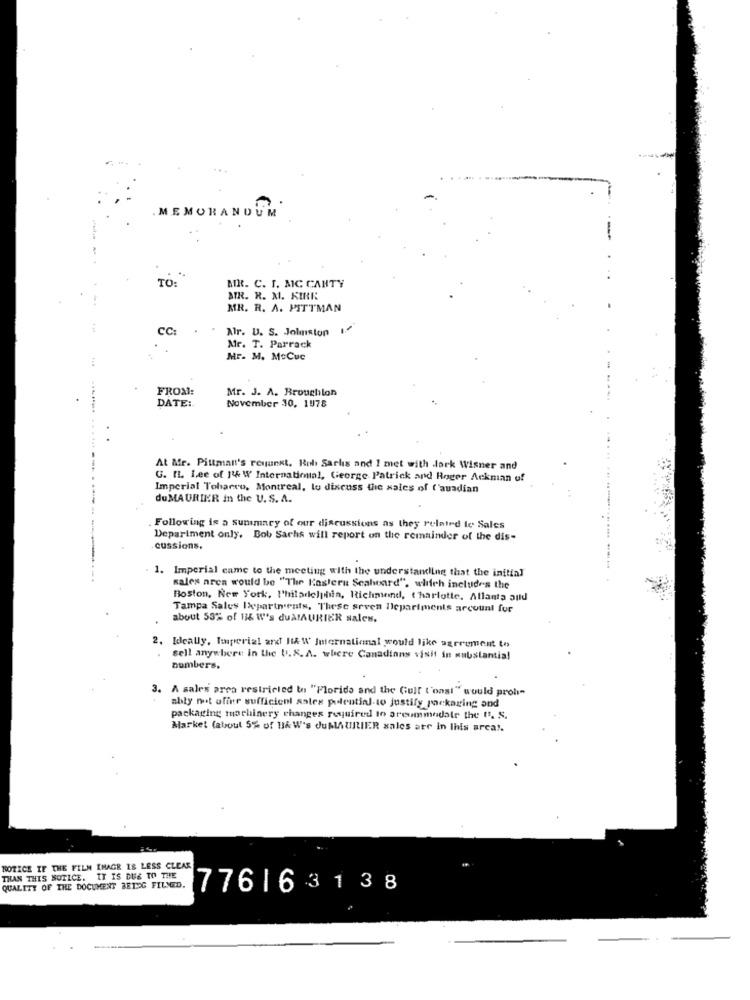
MEMORANDUM
TO
MIR. C. I. MC CANTY
MIR. R. M. KIRK
MR. R. A. PITTMAN
CC:
Alr. U. S. Jolmiston
Mr. T. Parrack
Mr. M. MoCuc
FROM:
Mr. J. A. Broughilon
November 30, 1978
DATE :.
At Mr. Pittman's request. Rob Sarlis and I met with dork Wisner and
G. I. Lee of 114 W International, George Patrick and Roger Ackman of
Imperial Tobacco, Montreal, to discuss the sales of ('auadian
du MAURIER in the U.S. A.
. Following is a summary of our discussions as they related to Sales
Department only. Bob Sachs will report on the remainder of the dis-
cussions.
....... .....-------
1. Imperial came to the meeting with the understanding that the initial
sales area would be "The Eastern Seaheard", which includes the
Boston, New York, I'hiladelphin, Richmond, charlotte, Atlanta auld
Tampa Sales Ixpartnents, These seven Ilepariments arcount for
about 53% of B& W's duAMAURIER sales.
2. Ideally, Imperial and H& W International would like agerement to
sell anywhere in the U. S. A. where Canadians visit in substantial
numbers.
3. A sales area restricted to "Florida and the Gulf t'onsi" would proh"
ably mot ofine sufficient sales potential-to justify packaging and
packaging machinery changes required to areummodale the I. S.
Market (about 5% of B&W's dubLAURIER sales are in this area".
NOTICE IF THE FILM IMAGE IS LESS CLEAR
THAN THIS NOTICE. IT IS DUE TO THE
QUALITY OF THE DOCUMENT BEING FILMED.
776163138